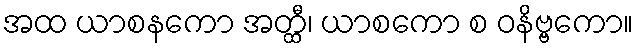
အထ ယာစနကော အတ္ထီ၊ ယာစကော စ ဝနိဗ္ဗကော။